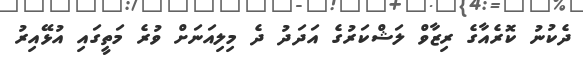
ދެކުނު ކޮރެއާގެ ރިޒާވް ލަޝްކަރުގެ އަދަދު ދެ މިލިއަނަށް ވުރެ މަތީގައި އުޅޭއިރު